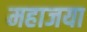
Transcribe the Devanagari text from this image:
महाजया